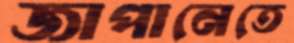
জাপানেতে